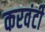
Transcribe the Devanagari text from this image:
करवंटी